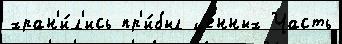
хран'и́л'ись пр'и́был це́нных Часть